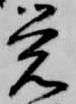
覚